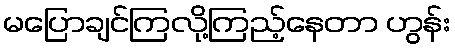
မပြောချင်ကြလို့ကြည့်နေတာ ဟွန်း